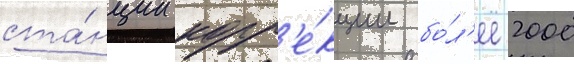
ста́нции корр'е́кции бо́л'ее 2000